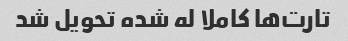
تارت‌ها کاملا له شده تحویل شد